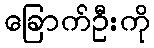
ခြောက်ဦးကို